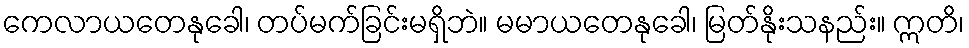
ကေလာယတေနုခေါ၊ တပ်မက်ခြင်းမရှိဘဲ။ မမာယတေနုခေါ၊ မြတ်နိုးသနည်း။ ဣတိ၊